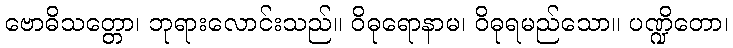
ဗောဓိသတ္တော၊ ဘုရားလောင်းသည်။ ဝိဓုရောနာမ၊ ဝိဓုရမည်သော။ ပဏ္ဍိတော၊